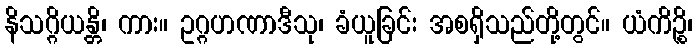
နိသဂ္ဂိယန္တိ၊ ကား။ ဥဂ္ဂဟဏာဒီသု၊ ခံယူခြင်း အစရှိသည်တို့တွင်။ ယံကိဉ္စိ၊